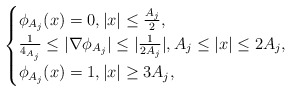
\begin{align*}\begin{cases}\phi_{A_{j}}(x)=0, |x|\leq \frac{A_{j}}{2},\\\frac{1}{4_{A_{j}}}\leq |\nabla \phi_{A_{j}}|\leq |\frac{1}{2A_{j}}|, A_{j}\leq |x|\leq 2A_{j},\\\phi_{A_{j}}(x)=1, |x|\geq 3A_{j},\end{cases}\end{align*}